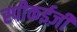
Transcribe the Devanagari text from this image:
स्पीकईज़ी